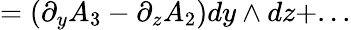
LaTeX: =(\partial_{y}A_{3}-\partial_{z}A_{2})dy\wedge dz+...